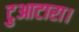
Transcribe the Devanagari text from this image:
टुआटारा।